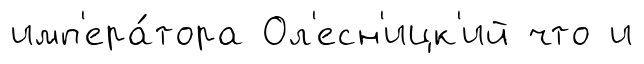
имп'ера́тора Ол'есн'ицк'ий что и